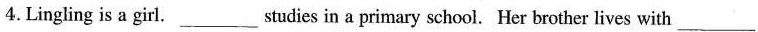
4.Lingling is a girl.___studies in a primary school. Her brother lives with___